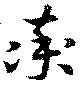
率